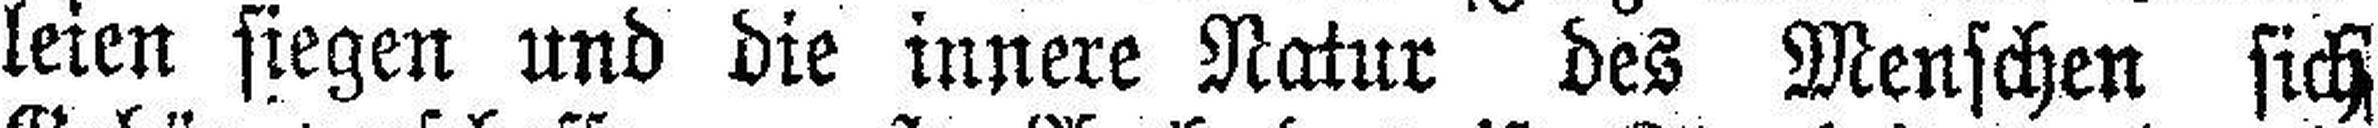
leien siegen und die innere Natur des Menschen sich